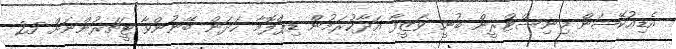
އެޑިއުކޭޝަން މިނިސްޓްރީން ބުނީ ވަޒީފާ އަދާކުރަމުން ޑިޕްލޮމާ ހަދަން ބޭނުންވާ ޓީޗަރުންނަށް 25